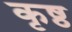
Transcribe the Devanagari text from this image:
कृष्ठ